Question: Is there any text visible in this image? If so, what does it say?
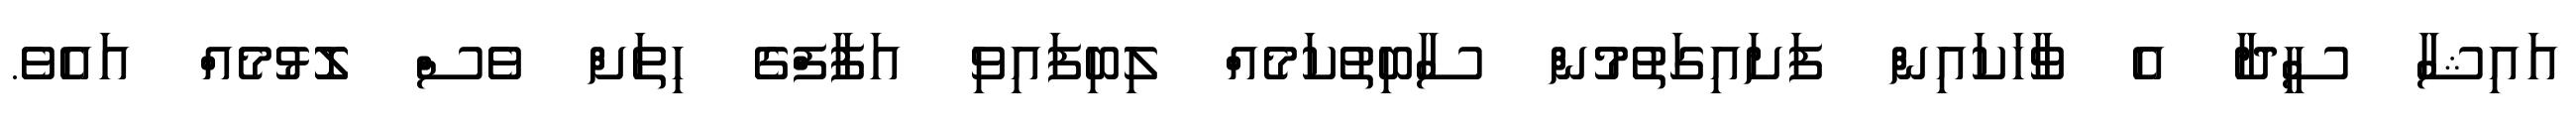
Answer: އައިޝާ ސީދާ އެ ވާހަކައިން ފަށައިގަތުމުން ސާބިތުކަމެއް ލިބިފައިވި އަފާފްގެ ހިތަށް ވެސް ލޮޅުމެއް އައެވެ.